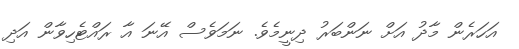
އަހަރެން މާދު އަށް ނަންބަރު ދިނީމެވެ. ނަމަވެސް އޭނަ އާ ރައްޓެހިވާން އަދި